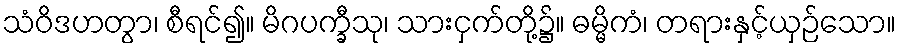
သံဝိဒဟတွာ၊ စီရင်၍။ မိဂပက္ခီသု၊ သားငှက်တို့၌။ ဓမ္မိကံ၊ တရားနှင့်ယှဉ်သော။